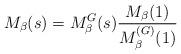
LaTeX: \begin{align*}M_{\beta}(s) = M^{G}_{\beta}(s)\frac{M_{\beta}(1)}{M^{(G)}_{\beta}(1)}\end{align*}